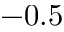
- 0 . 5